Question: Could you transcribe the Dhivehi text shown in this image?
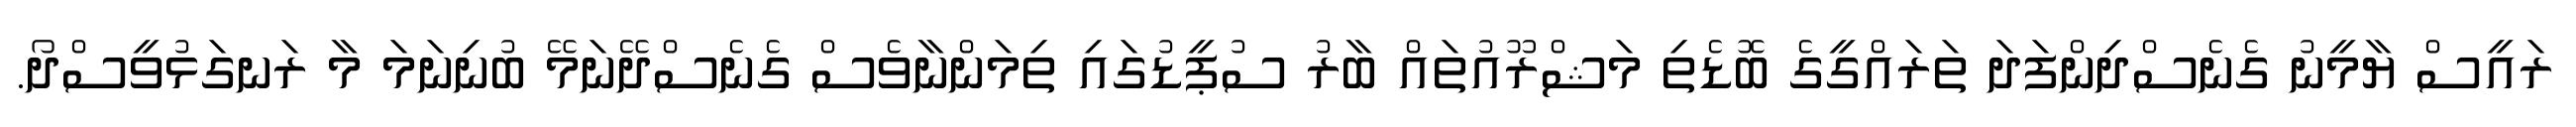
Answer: ރައީސް ޔާމީނު ގެނެސްދިންފަދަ ތަރައްގީގެ ބޮޑެތި މަޝްރޫއުތައް ބާރު ސުޕީޑުގައި ތިމަންނާވެސް ގެނެސްދޭނަމޭ ބުނިނަމަ މާ ރަނގަޅުވީސްދޯ.